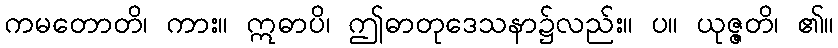
ကမတောတိ၊ ကား။ ဣဓာပိ၊ ဤဓာတုဒေသနာ၌လည်း။ ပ။ ယုဇ္ဇတိ၊ ၏။